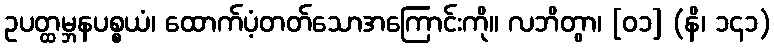
ဥပတ္ထမ္ဘနပစ္စယံ၊ ထောက်ပံ့တတ်သောအကြောင်းကို။ လဘိတွာ၊ [၀၁] (နိ၊ ၁၄၁)